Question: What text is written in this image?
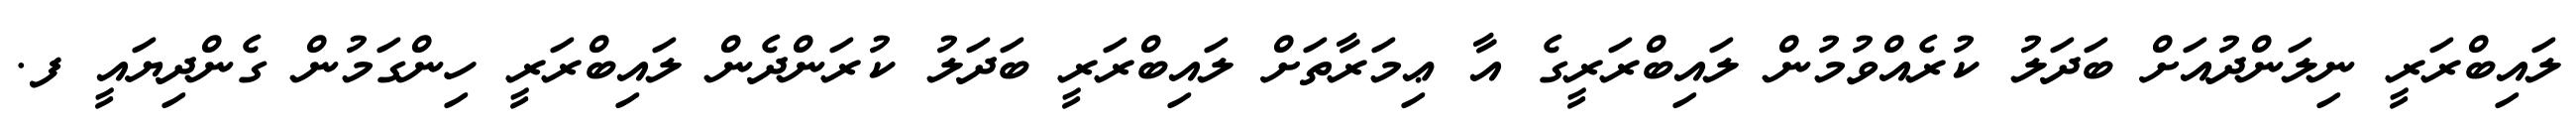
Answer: ލައިބްރަރީ ނިލަންދުއަށް ބަދަލު ކުރެއްވުމުން ލައިބްރަރީގެ އާ ޢިމަރާތަށް ލައިބްރަރީ ބަދަލު ކުރަންދެން ލައިބްރަރީ ހިންގަމުން ގެންދިޔައީ ފ.